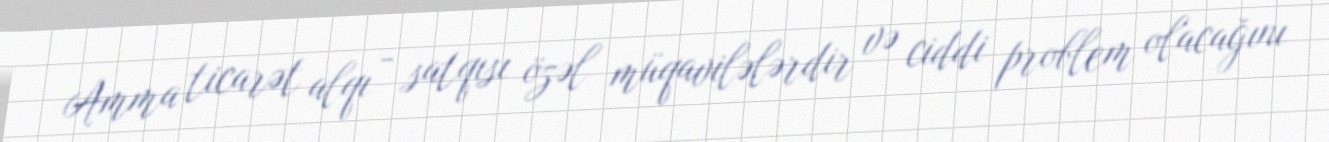
Amma ticarət alqı - satqısı özəl müqavilələrdir və ciddi problem olacağını